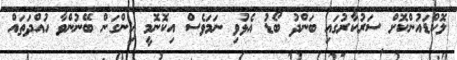
ލޮކްޑައުންކޮށް ސަރުކާރުގައި ބަންދު ބޯޑު އެޅުވި ނަމަވެސް އިކޮނޮމީ ހިންގަން ބޭނުންވާ ހުއްދަތައް